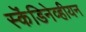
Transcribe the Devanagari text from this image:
स्कॆंडिनेव्हीयन